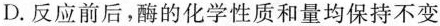
D.反应前后，酶的化学性质和量均保持不变